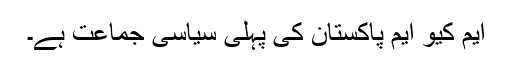
ایم کیو ایم پاکستان کی پہلی سیاسی جماعت ہے۔